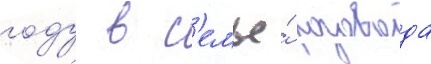
году в с'емье́ розовода